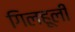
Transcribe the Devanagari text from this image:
गिलहूली